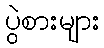
ပွဲစားများ